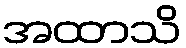
အထာသိ